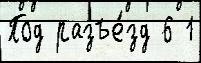
Под разъе́зд 6 1